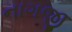
નાગજી